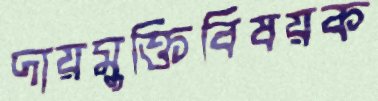
দায়মুক্তিবিষয়ক